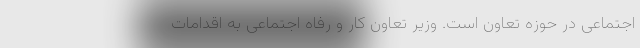
اجتماعی در حوزه تعاون است. وزیر تعاون کار و رفاه اجتماعی به اقدامات